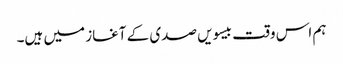
ہم اس وقت بیسویں صدی کے آغاز میں ہیں۔